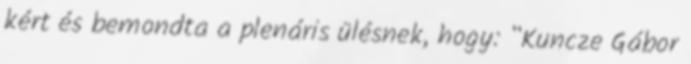
kért és bemondta a plenáris ülésnek, hogy: “Kuncze Gábor